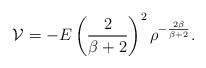
LaTeX: \begin{align*}{\cal V}= - E \left(\frac{2}{\beta+2}\right)^2\rho^{-\frac{2\beta}{\beta+2}}.\end{align*}